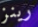
رينز